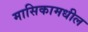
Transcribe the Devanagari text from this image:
मासिकामधील